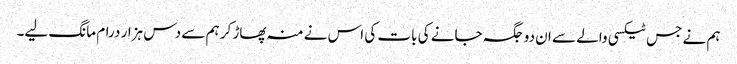
ہم نے جس ٹیکسی والے سے ان دو جگہ جانے کی بات کی اس نے منہ پھاڑ کر ہم سے دس ہزار درام مانگ لیے۔